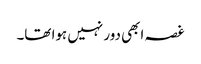
غصہ ابھی دور نہیں ہوا تھا۔